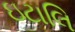
ઇટાલિ